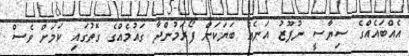
އެއްބައެއްގެ ސިޔާސީ ނުފޫޒު އަނެއް ބަޔަކަށް ފޯރަމުންދާ ގައުމެއްގެ ގޮތުގައި ކަމަށް ވެސް